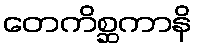
တေကိစ္ဆကာနိ